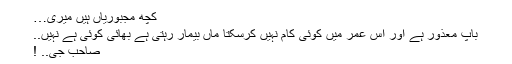
کچھ مجبوریاں ہیں میری…
باپ معذور ہے اور اس عمر میں کوئی کام نہیں کرسکتا ماں بیمار رہتی ہے بھائی کوئی ہے نہیں..
صاحب جی.. !